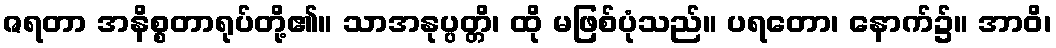
ဇရတာ အနိစ္စတာရုပ်တို့၏။ သာအနုပ္ပတ္တိ၊ ထို မဖြစ်ပုံသည်။ ပရတော၊ နောက်၌။ အာဝိ၊